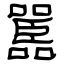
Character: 嚚